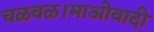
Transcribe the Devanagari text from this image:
चळवळ।माओवादी